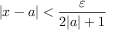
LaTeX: | x - a | < { \frac { \varepsilon } { 2 | a | + 1 } }